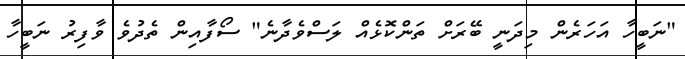
"ނަބީހާ އަހަރެން މިދަނީ ބޭރަށް ތަންކޮޅެއް ލަސްވެދާނެ" ސޯފާއިން ތެދުވެ ވާފިރު ނަބީހާ